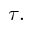
\tau .